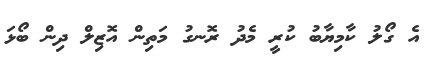
އެ ގޯލު ކާމިޔާބު ކުރީ މެދު ރޮނގު މަތިން އޮޒިލް ދިން ބޯޅަ